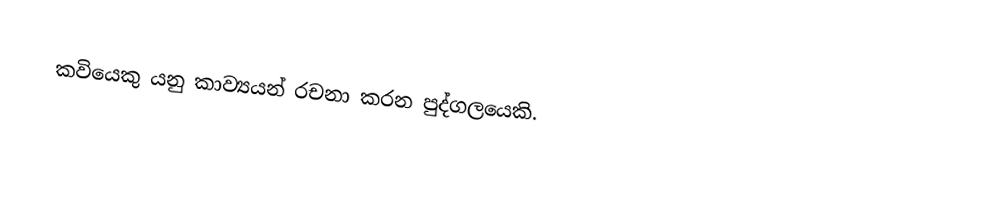
කවියෙකු යනු කාව්‍යයන් රචනා කරන පුද්ගලයෙකි.